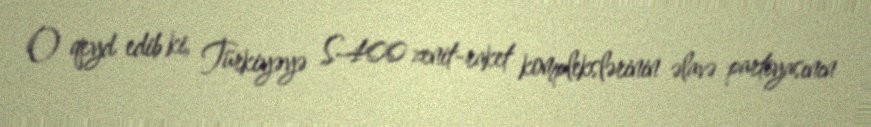
O qeyd edib ki, Türkiyəyə S-400 zenit-raket komplekslərinin əlavə partiyasının